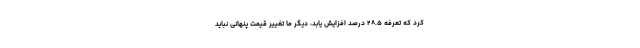
کرد که تعرفه ۲۸.۵ درصد افزایش یابد، دیگر ما تغییر قیمت پنهانی نباید